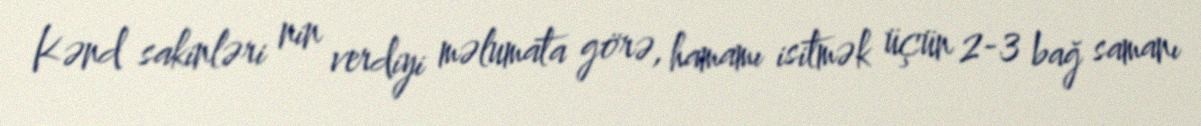
Kənd sakinləri nin verdiyi məlumata görə, hamamı isitmək üçün 2-3 bağ samanı